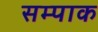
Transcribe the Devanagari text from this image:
सम्पाक